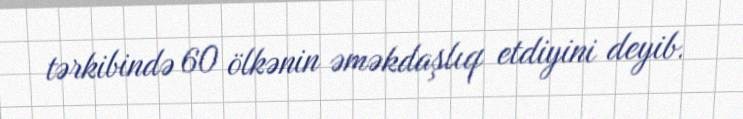
tərkibində 60 ölkənin əməkdaşlıq etdiyini deyib.